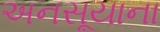
અનસૂયાના